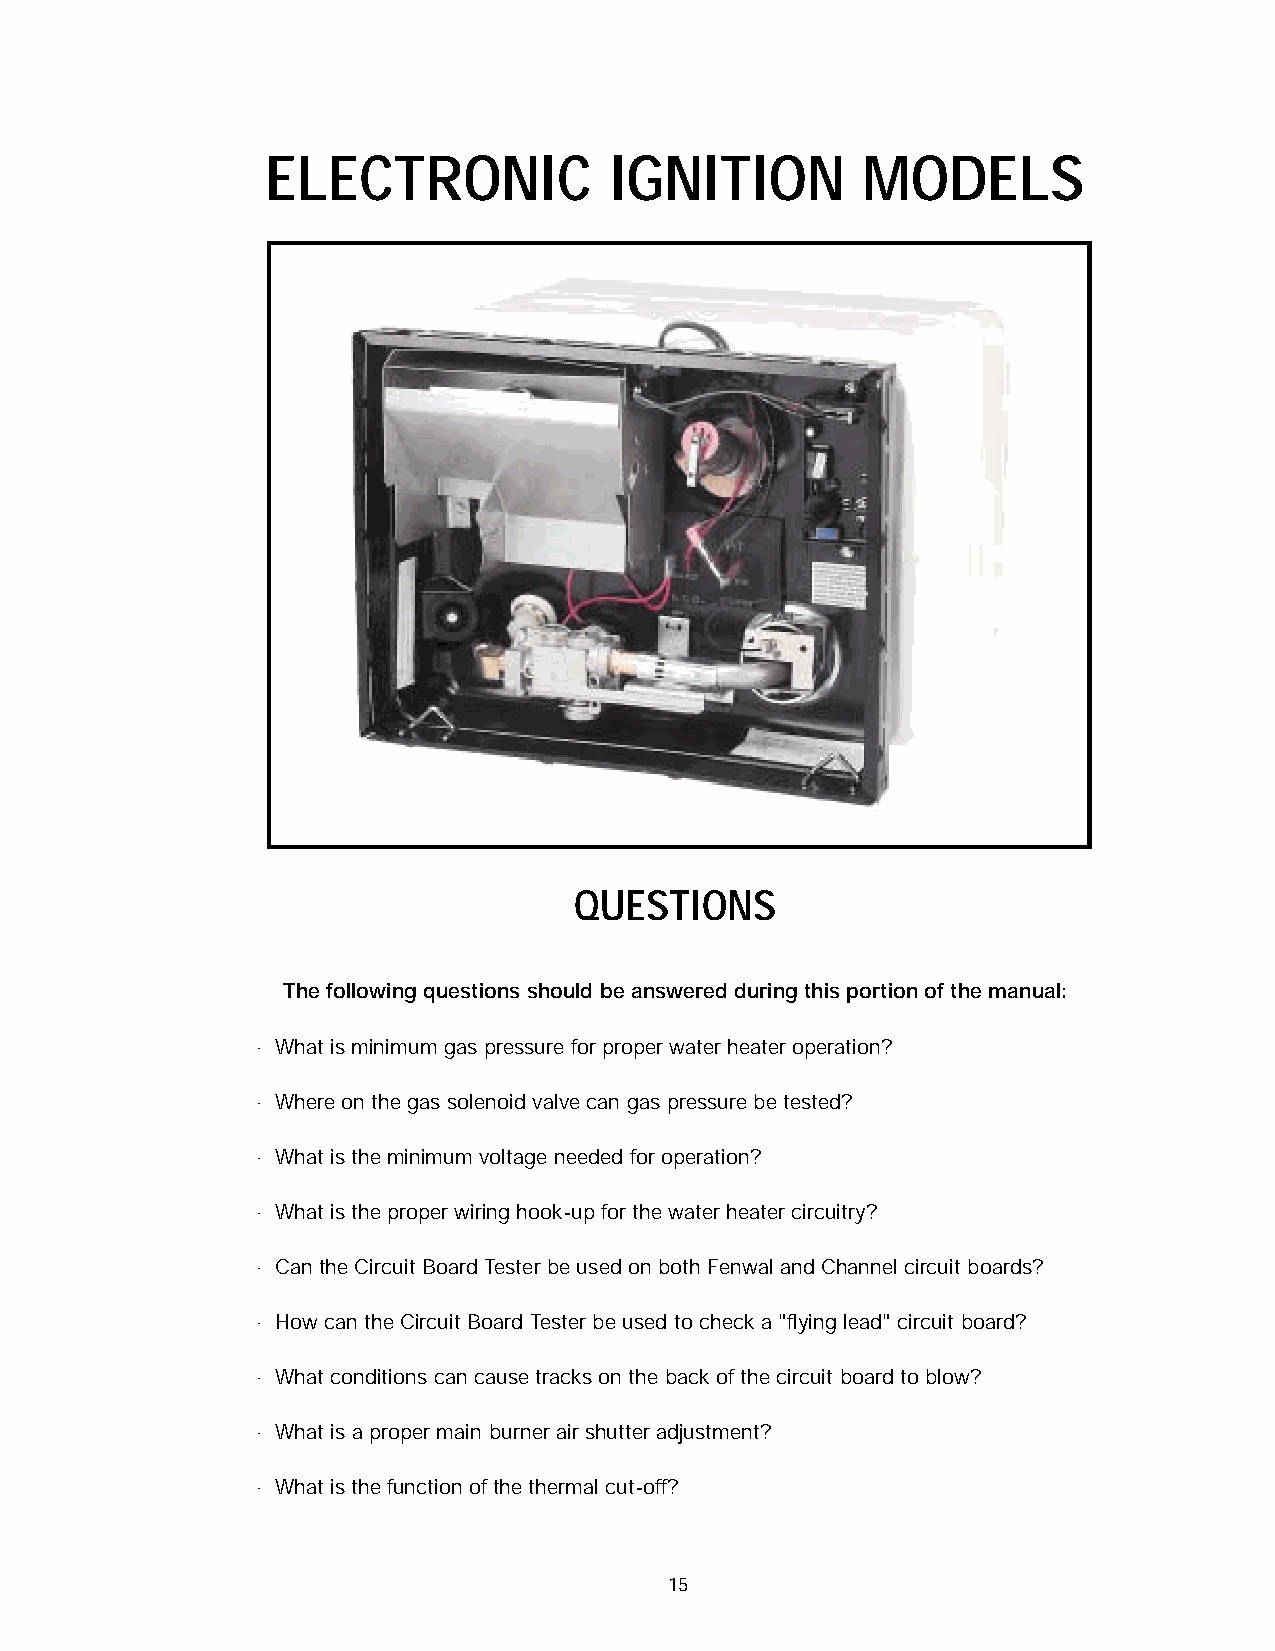
ELECTRONIC            IGNITION         MODELS
 QUESTIONS
 The following questions should be answered during this portion of the manual:
 · What is minimum gas pressure for proper water heater operation?
 · Where on the gas solenoid valve can gas pressure be tested?
 · What is the minimum voltage needed for operation?
 · What is the proper wiring hook-up for the water heater circuitry?
 · Can the Circuit Board Tester be used on both Fenwal and Channel circuit boards?
 · How can the Circuit Board Tester be used to check a "flying lead" circuit board?
 · What conditions can cause tracks on the back of the circuit board to blow?
 · What is a proper main burner air shutter adjustment?
 · What is the function of the thermal cut-off?
 15